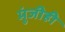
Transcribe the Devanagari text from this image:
मुंजीही